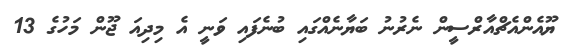
ޔޫއެންއެޗްއާރްސީން ނެރުނު ބަޔާނެއްގައި ބުނެފައި ވަނީ އެ މިދިއަ ޖޫން މަހުގެ 13